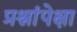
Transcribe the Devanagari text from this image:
प्रश्नांपेक्षा